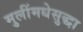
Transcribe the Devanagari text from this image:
मुलींमधेसुद्धा